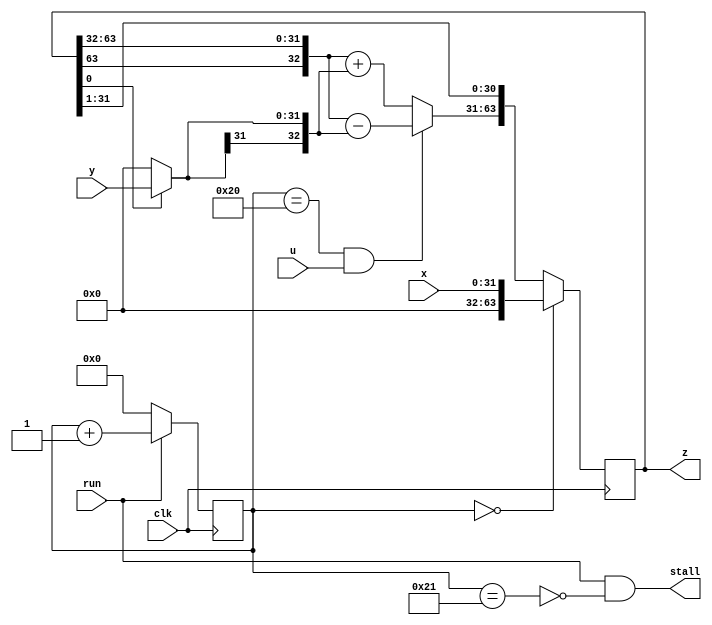
`timescale 1ns / 1ps   // NW 14.9.2015

module Multiplier(
  input clk, run, u,
  output stall,
  input [31:0] x, y,
  output [63:0] z);

reg [5:0] S;    // state
reg [63:0] P;   // product
wire [31:0] w0;
wire [32:0] w1;

assign stall = run & ~(S == 33);
assign w0 = P[0] ? y : 0;
assign w1 = (S == 32) & u ? {P[63], P[63:32]} - {w0[31], w0} :
       {P[63], P[63:32]} + {w0[31], w0};
assign z = P;

always @ (posedge(clk)) begin
  P <= (S == 0) ? {32'b0, x} : {w1[32:0], P[31:1]};
  S <= run ? S+1 : 0;
end

endmodule